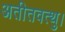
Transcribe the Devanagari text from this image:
अतीतवत्थु।